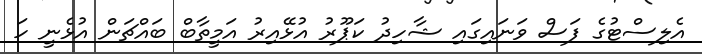
އެލިސްޓުގެ ފަސް ވަނައިގައި ޝާހިދު ކަޕޫރު އުޅޭއިރު އަމީތާބް ބައްޗަން އުޅެނީ ހަ